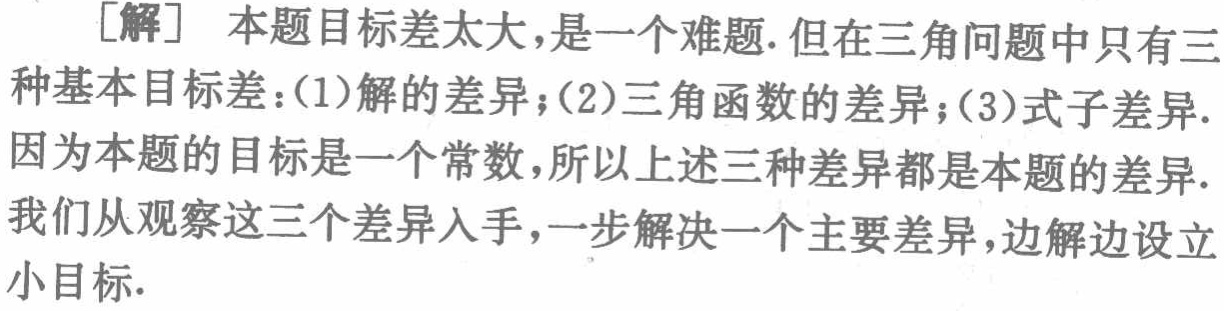
[解] 本题目标差太大，是一个难题. 但在三角问题中只有三种基本目标差：(1)解的差异；(2)三角函数的差异；(3)式子差异. 因为本题的目标是一个常数，所以上述三种差异都是本题的差异. 我们从观察这三个差异入手，一步解决一个主要差异，边解边设立小目标.